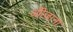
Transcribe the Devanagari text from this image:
औीजाना